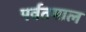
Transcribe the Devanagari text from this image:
पर्वतमाल